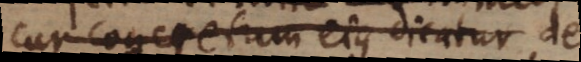
cur concretum ejus dicatur de